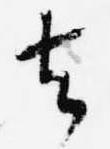
去